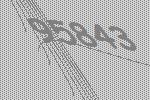
95843